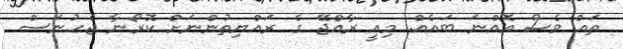
ތައް ވެސް އޮއްނަ ބައެއް. މިއީ ރާއްޖޭ ގެ ރައްޔިތުންނަށް ކޮރޯނާ ޖެހުނަސް